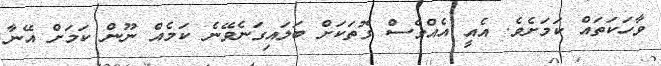
ވާހަކަތައް ކަމަށެވެ. އެއީ އެއްވެސް ގޮތަކަށް ބަލައިގަނެވޭނެ ކަމެއް ނޫން ކަމަށް އޭނާ